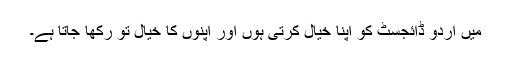
میں اُردو ڈائجسٹ کو اپنا خیال کرتی ہوں اور اپنوں کا خیال تو رکھا جاتا ہے۔